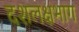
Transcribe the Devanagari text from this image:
दशलक्षभाग